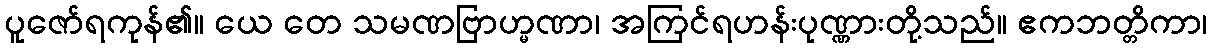
ပူဇော်ရကုန်၏။ ယေ တေ သမဏဗြာဟ္မဏာ၊ အကြင်ရဟန်းပုဏ္ဏားတို့သည်။ ဧကဘတ္တိကာ၊